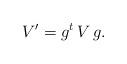
LaTeX: \begin{align*} V' = g^t \, V \, g .\end{align*}